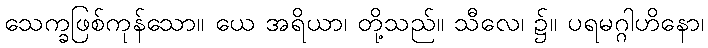
သေက္ခဖြစ်ကုန်သော။ ယေ အရိယာ၊ တို့သည်။ သီလေ၊ ၌။ ပရမဂ္ဂါဟိနော၊